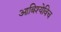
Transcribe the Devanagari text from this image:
आबिश्येविच